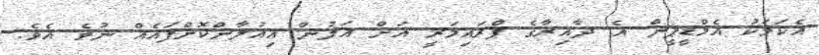
އެކަމަކު އެމްޑީޕީން އެ ދާއިރާގެ ޕްރައިމަރީ އަށް އަލުން އިއުލާންކޮށްފައެއް ނުވެ އެވެ.